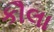
કૌલા